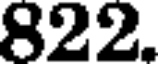
822.